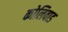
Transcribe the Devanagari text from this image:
कोलिवाड